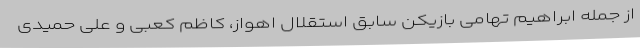
از جمله ابراهیم تهامی بازیکن سابق استقلال اهواز، کاظم کعبی و علی حمیدی